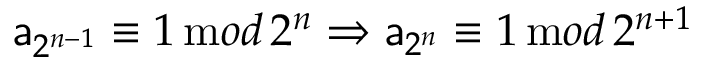
{ \sf a } _ { 2 ^ { n - 1 } } \equiv 1 \, { \mathrm m o d } \, 2 ^ { n } \Rightarrow { \sf a } _ { 2 ^ { n } } \equiv 1 \, { \mathrm m o d } \, 2 ^ { n + 1 }